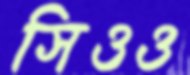
সিওও